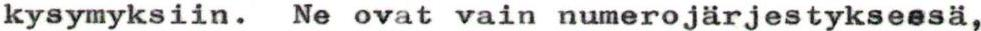
kysymyksiin. Ne ovat vain numerojärjestyksessä,